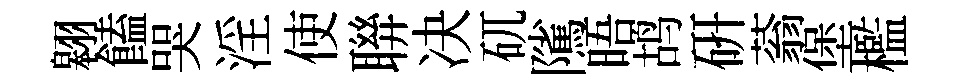
翱饁哭淫使聨决矹隲晤鸪研蓊堡檻